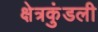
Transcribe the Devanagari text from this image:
क्षेत्रकुंडली